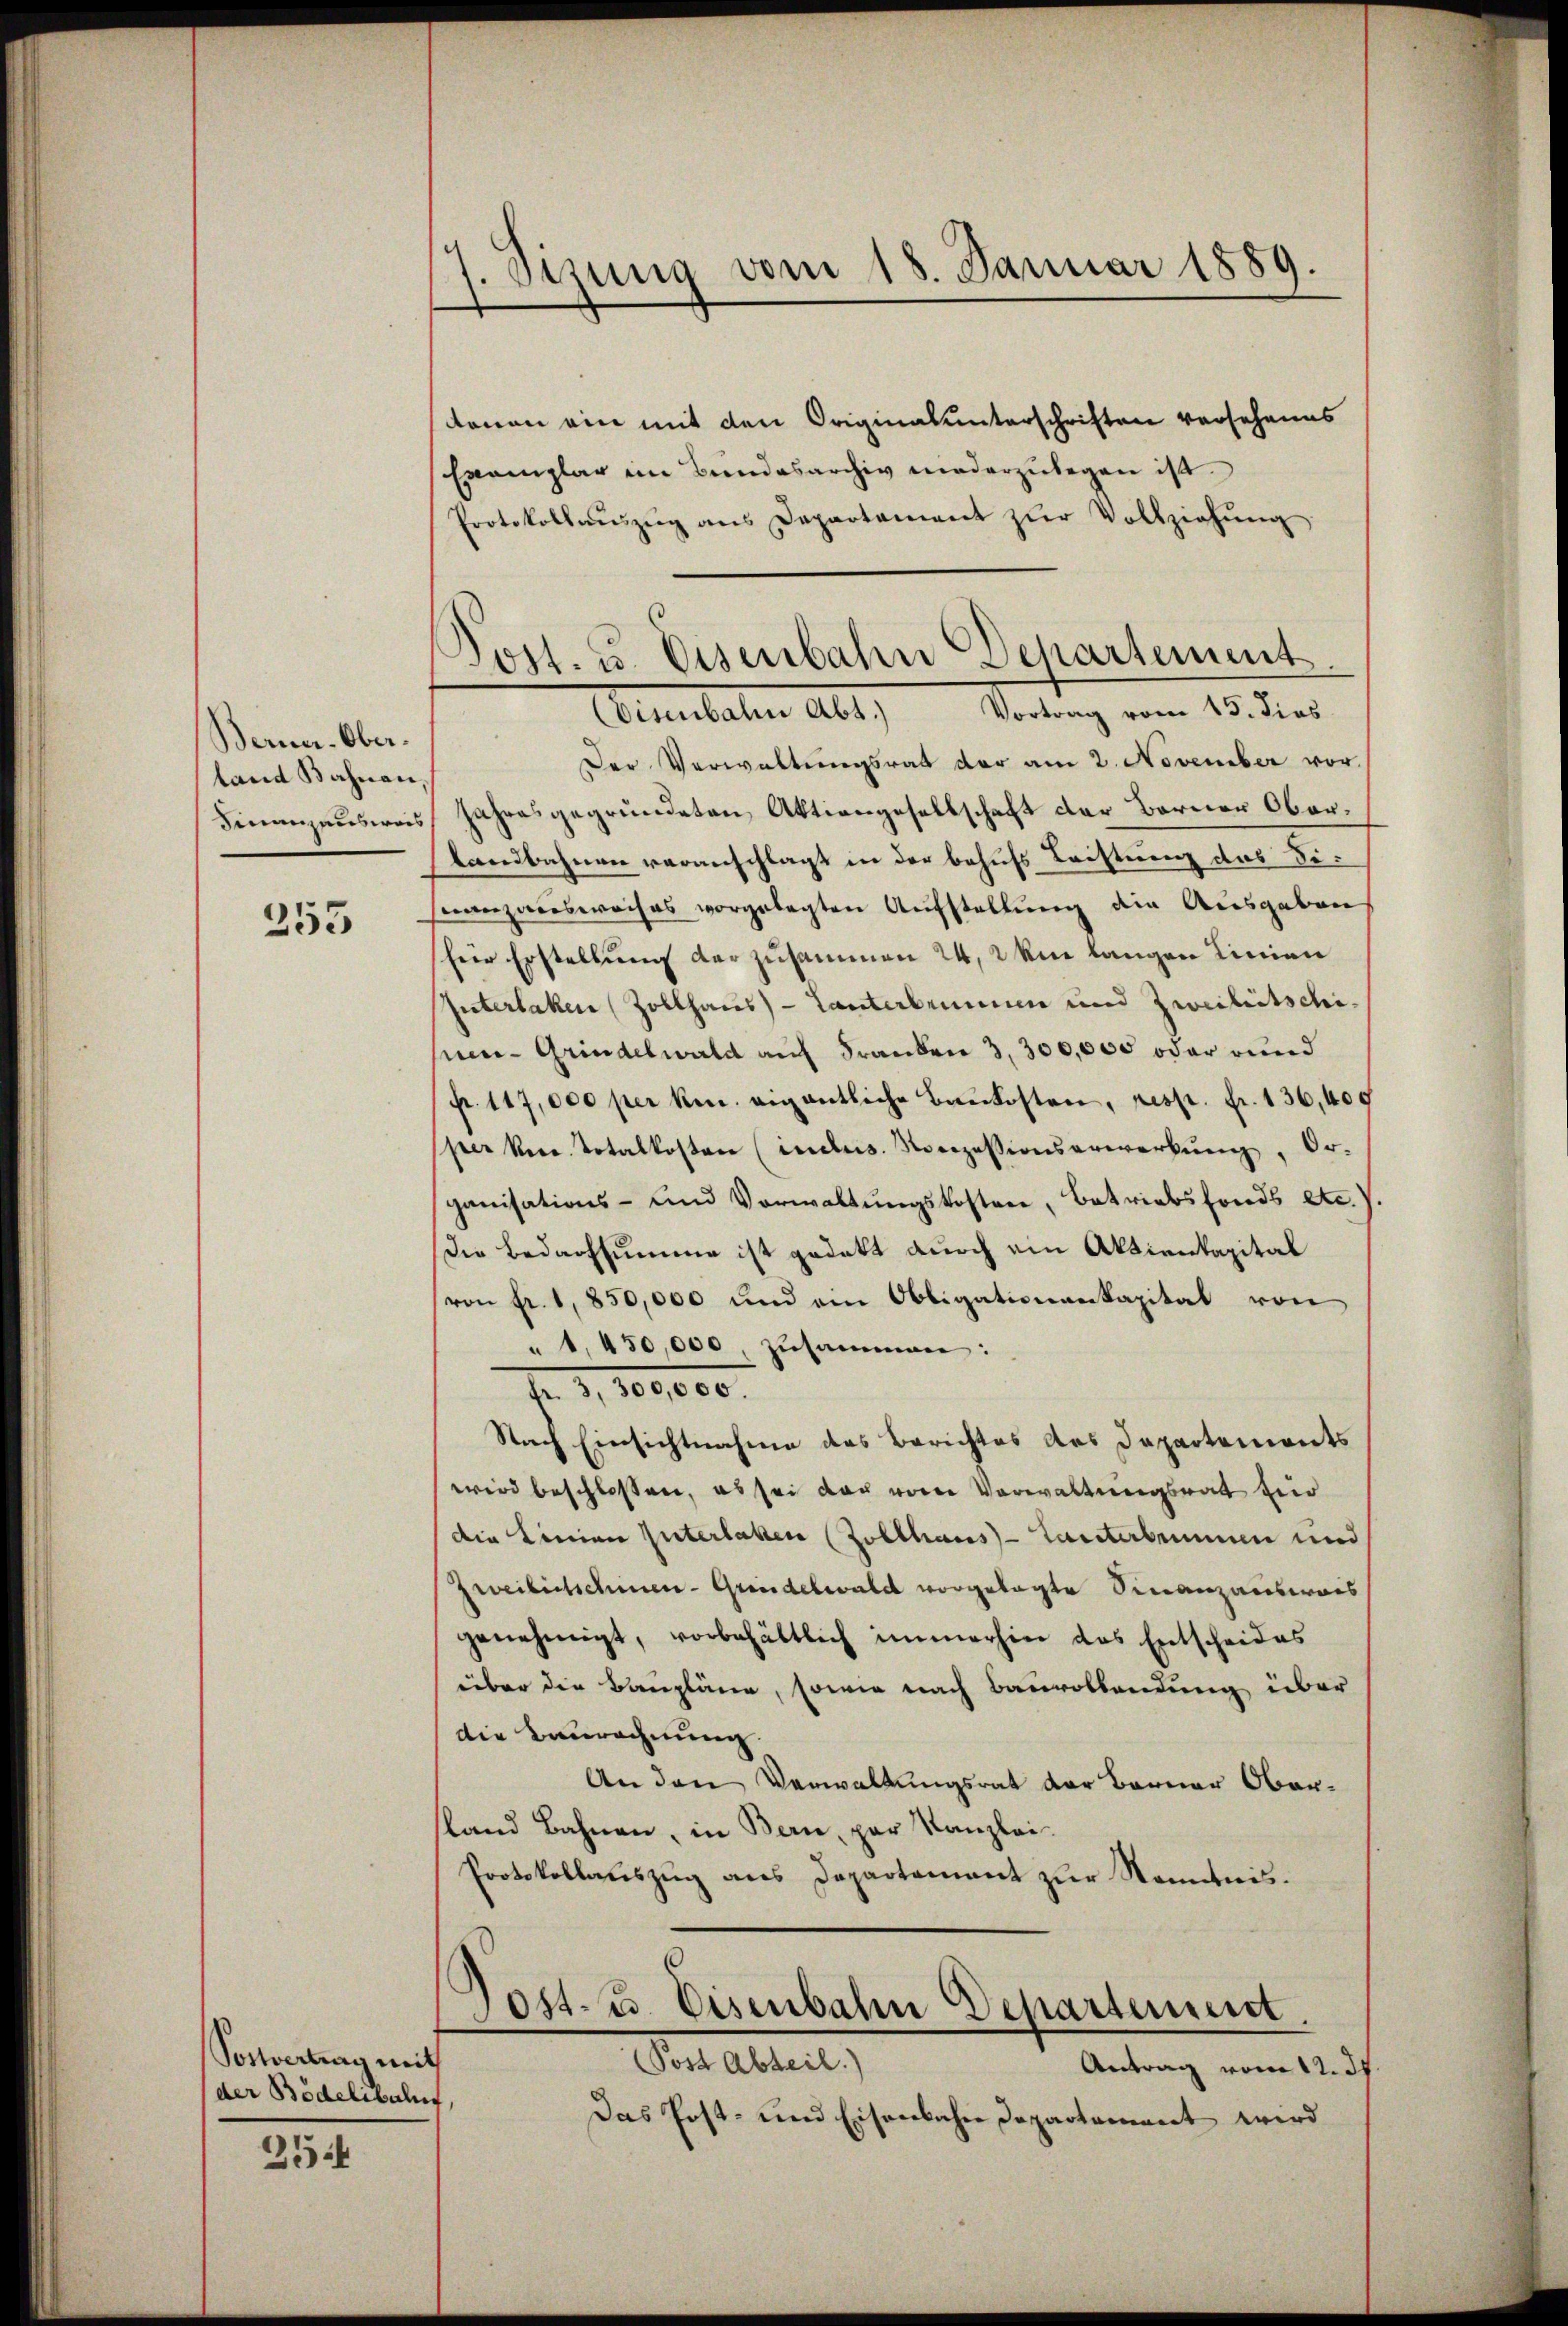
Berner-Oberland Bahnen,
Finanzausweis

355

Postvertrag mit
der Bödelibalt.

25

Sizung vom 18. Januar 1889.

Post. u. Eisenbahn Departement.
(Eisenbahn Abt.) Vortrag vom 15. dies

denen ein mit den Originalunterschriften vorsehenes
Exemplar im Bundesarchiv niederzulegen ist.
Protokollaŭszŭg ans Departement zŭr Vollziehŭng
Der Verwaltungsrat der am 2. November vor.
Jahresgegründeten Aktiengesellschaft der Berner Ober¬
Landbahnen veranschlagt in der behufs Leistung des Discanzausweises vorgelegten Aufstellung die Ausgaben
Eier Erstellung der zusammen 24, 2 m langen Linien
Interlaken (Zollhaus - Tanterbrunnen und Zweiheitschipen- Grindelwald auf Franken 3,300,000 oder rund
fr. 117,000 per kn. eigentliche Baukosten, resp. fr. 136,400
per kene. Totalkosten (insbes. Norozessionserwerkŭng, Or-
ganisations- und Vorwaltŭngskosten, Betriebsfonds etc.
Die Bedarfsumme ist gedekt durch ein Aktienkapital
von fr. 1850,000 und ein Obligationenkapital von
" 1. 450,000, zusammen:
fr. 1, 100,000.
Nach Einsichtnahme des Berichtes des Departements
wird beschlossen, es sei der vom Verwaltungsrat für
die Linien Güterlaken (Zolthaus - Tanterbenen und
Zweifestschien - Gründelwald vorgelegte Finanzausweis
genehmigt, vorbehältlich immerhin das Entscheides
über die Baupläne, sowie nach Bauvollendung über
die Baurechnung.
An den Verwaltungsrat der Berner Oberland Bahnen, in Bern, par Kanzlei-
Protokollauszug aus Departement zur Kenntnis¬
Jost- u. Eisenbahn Departement.
Post Abteil)
Antrag vom 12. d.
Das Post- und Eisenbahne Departement wird